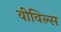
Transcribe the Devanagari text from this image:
वीविल्स